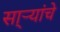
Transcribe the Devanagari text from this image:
सा्र्‍यांचे